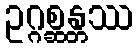
ဥဂ္ဂစ္ဆန္တဿ